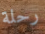
رحلة